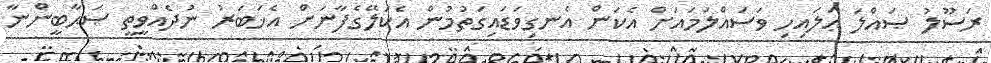
ރަސޫލު ޞައްލަ ޢަލައިހި ވަސައްލަމައަށް އެކަން އެނގިވަޑައިގަތުމުން އެކަލޭގެފާނަށް އެޚަބަރު ނުދެއްވީތީ ޞަޙާބީންނާ